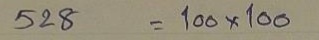
528 = 100 x 100